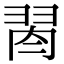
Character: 𦐯